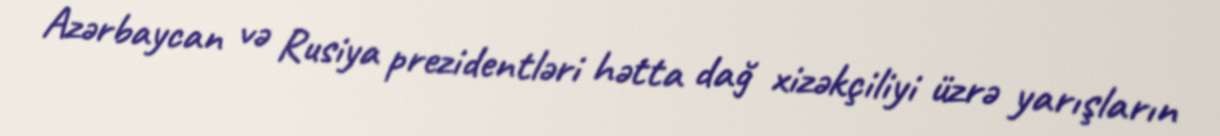
Azərbaycan və Rusiya prezidentləri hətta dağ xizəkçiliyi üzrə yarışların